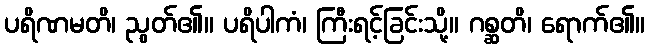
ပရိဏမတိ၊ ညွတ်၏။ ပရိပါကံ၊ ကြီးရင့်ခြင်းသို့။ ဂစ္ဆတိ၊ ရောက်၏။